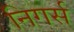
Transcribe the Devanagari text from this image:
निगर्स